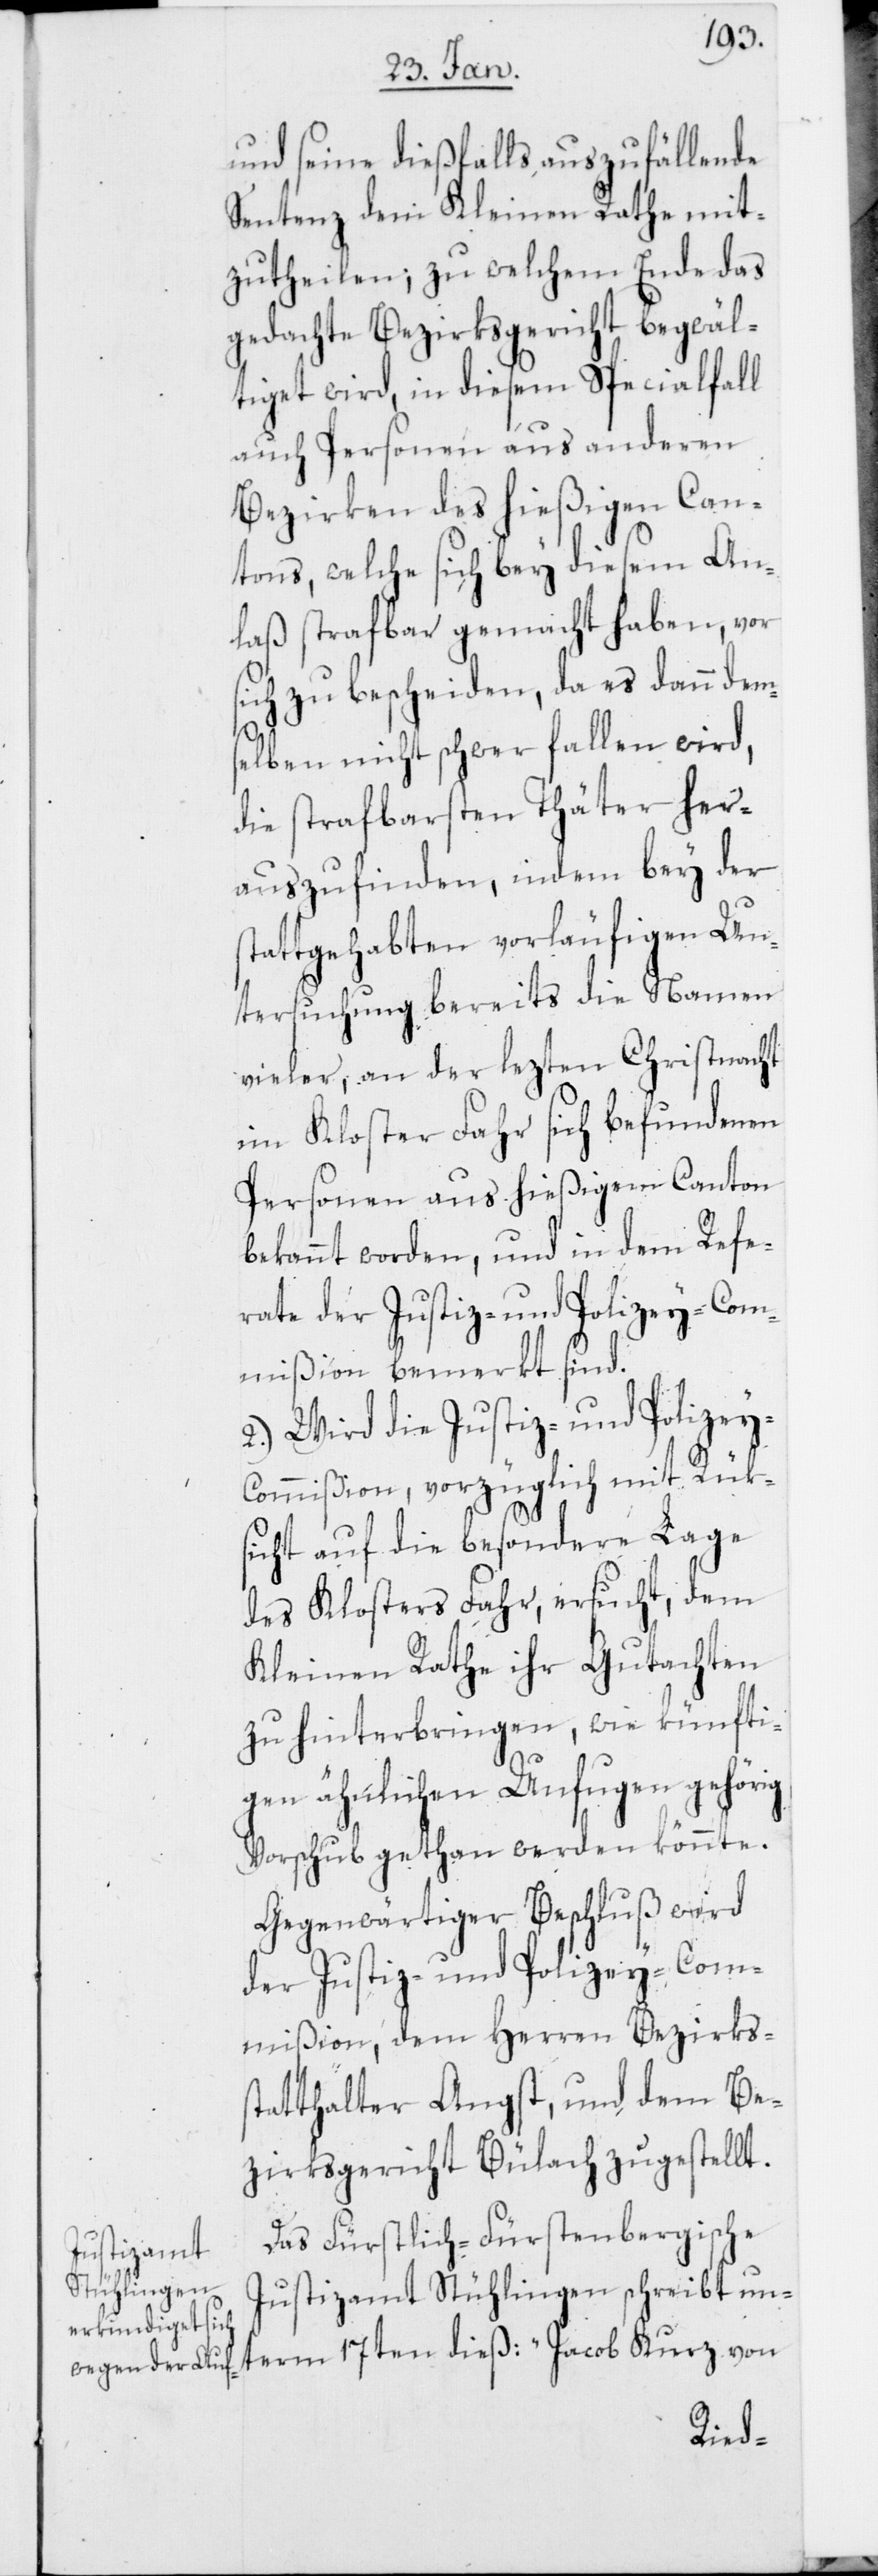
und seine dießfalls auszufällende
Sentenz dem Kleinen Rathe mit¬
zutheilen; zu welchem Ende das
gedachte Bezirksgericht begwäl¬
tiget wird, in diesem Specialfall
auch Personen aus anderen
Bezirken des hießigen Can¬
tons, welche sich bey diesem An¬
laß strafbar gemacht haben, vor
sich zu bescheiden, da es dann dems¬
elben nicht schwer fallen wird,
die strafbarsten Thäter her¬
auszufinden, indem bey der
tattgehabten vorläufigen Un¬
tersuchung bereits die Namen
vieler, an der lezten Christnacht
im Kloster Fahr sich befundenen
Personen aus hießigem Canton
bekannt worden, und in dem Refe¬
rate der Justiz- und Polizey-Com¬
mißion bemerkt sind.
2.) Wird die Justiz- und Polizey-C¬
ommißion, vorzüglich mit Rük¬
sicht auf die besondere Lage
des Klosters Fahr, ersucht, dem
Kleinen Rathe ihr Gutachten
zu hinterbringen, wie künfti¬
gen ähnlichen Unfugen gehörig
Vorschub gethan werden könnte.
Gegenwärtiger Beschluß wird
der Justiz- und Polizey-Com¬
mißion, dem Herren Bezirkss¬
tatthalter Angst, und dem Be¬
zirksgericht Bülach zugestellt.
Das Fürstlich-Fürstenbergische
Justizamt Stühlingen schreibt un¬
term 17ten dieß: „Jacob Kurz von
s¬